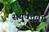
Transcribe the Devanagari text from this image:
संयु्क्तता